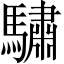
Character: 驌